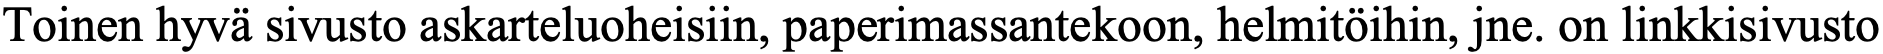
Toinen hyvä sivusto askarteluoheisiin, paperimassantekoon, helmitöihin, jne. on linkkisivusto